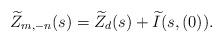
LaTeX: \begin{align*}\widetilde{Z}_{m,-n}(s) = \widetilde{Z}_d(s) + \widetilde{I}(s,(0)).\end{align*}